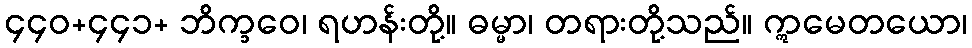
၄၄၀+၄၄၁+ ဘိက္ခဝေ၊ ရဟန်းတို့။ ဓမ္မာ၊ တရားတို့သည်။ ဣမေတယော၊